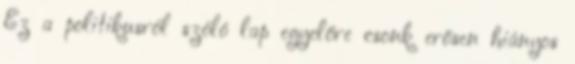
Ez a politikusról szóló lap egyelőre csonk erősen hiányos